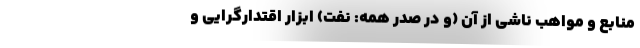
منابع و مواهب ناشی از آن (و در صدر همه: نفت) ابزار اقتدارگرایی و